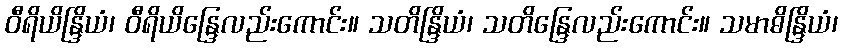
ဝီရိယိန္ဒြိယံ၊ ဝီရိယိန္ဒြေလည်းကောင်း။ သတိန္ဒြိယံ၊ သတိန္ဒြေလည်းကောင်း။ သမာဓိန္ဒြိယံ၊